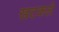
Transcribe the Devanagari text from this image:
खटकले